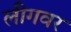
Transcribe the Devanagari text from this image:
लीगवर